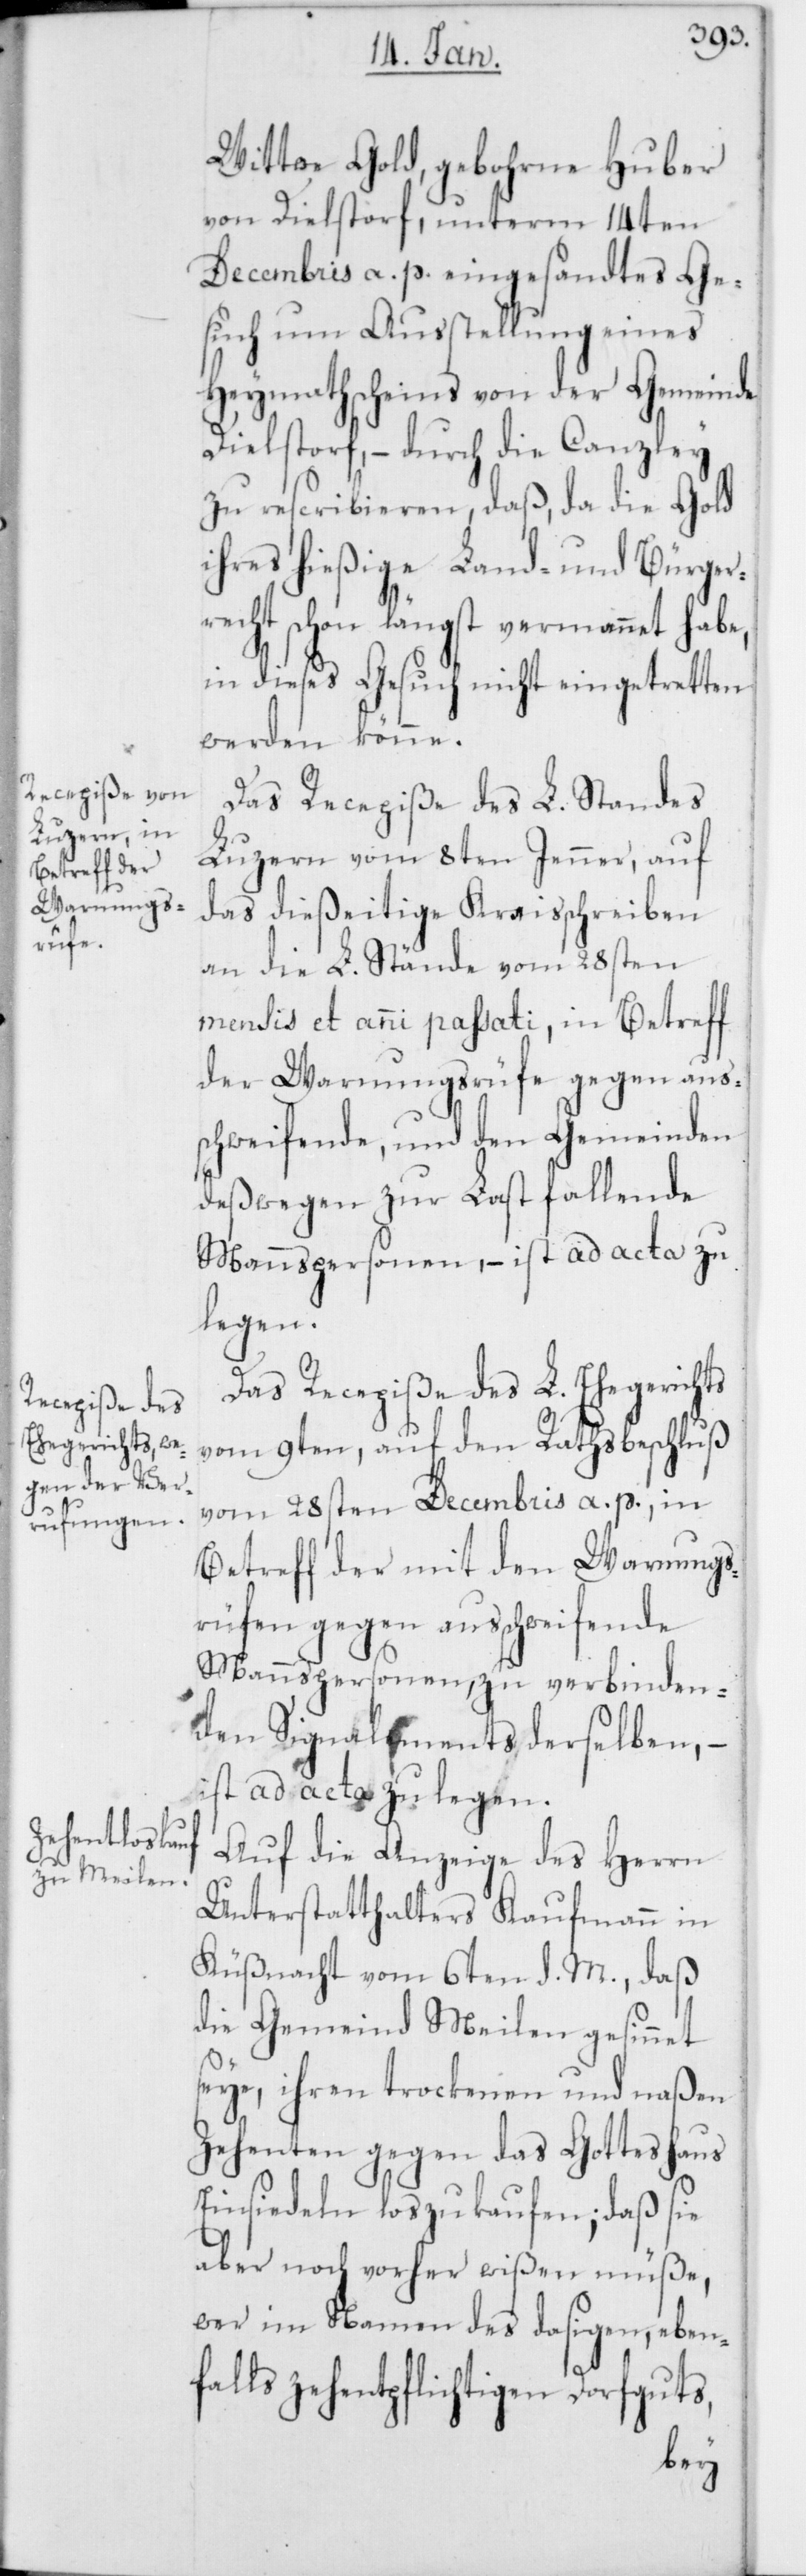
Wittwe Gold, gebohrne Huber
von Dielstorf, unterm 14ten
Decembris a. p. eingesandtes Ge¬
such um Ausstellung eines
Heymathscheins von der Gemeinde
Dielstorf, – durch die Canzley
zu rescribieren, daß, da die Gold
ihres hießige Land- und Bürger¬
recht schon längst vermannet habe,
in dieses Gesuch nicht eingetretten
werden könne.
Das Recepiße des L. Standes
Luzern vom 8ten Jenner, auf
das dießeitige Kraisschreiben
an die L. Stände vom 28sten
mensis et anni paßati, in Betreff
der Warnungsrüfe gegen aus¬
schweifende, und den Gemeinden
deßwegen zur Last fallende
Mannspersonen, – ist ad acta zu
legen.
Das Recepiße des L. Ehegerichts
vom 9ten, auf den Rathsbeschluß
vom 28sten Decembris a. p., in
Betreff der mit den Warnungs¬
rüfen gegen ausschweifende
Mannspersonen, zu verbinden¬
den Signalements derselben, –
ist ad acta zu legen.
Auf die Anzeige des Herrn
Unterstatthalters Kaufmann in
Küßnacht vom 6ten d. M., daß
die Gemeind Meilen gesinnet
seye, ihren trockenen und naßen
Zehenten gegen das Gotteshaus
Einsiedeln loszukaufen; daß sie
aber noch vorher wißen müße,
wer im Namen des dasigen, eben¬
falls zehentpflichtigen Dorfguts,